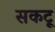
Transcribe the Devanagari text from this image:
सकटू